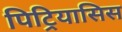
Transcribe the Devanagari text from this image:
पिट्रियासिस